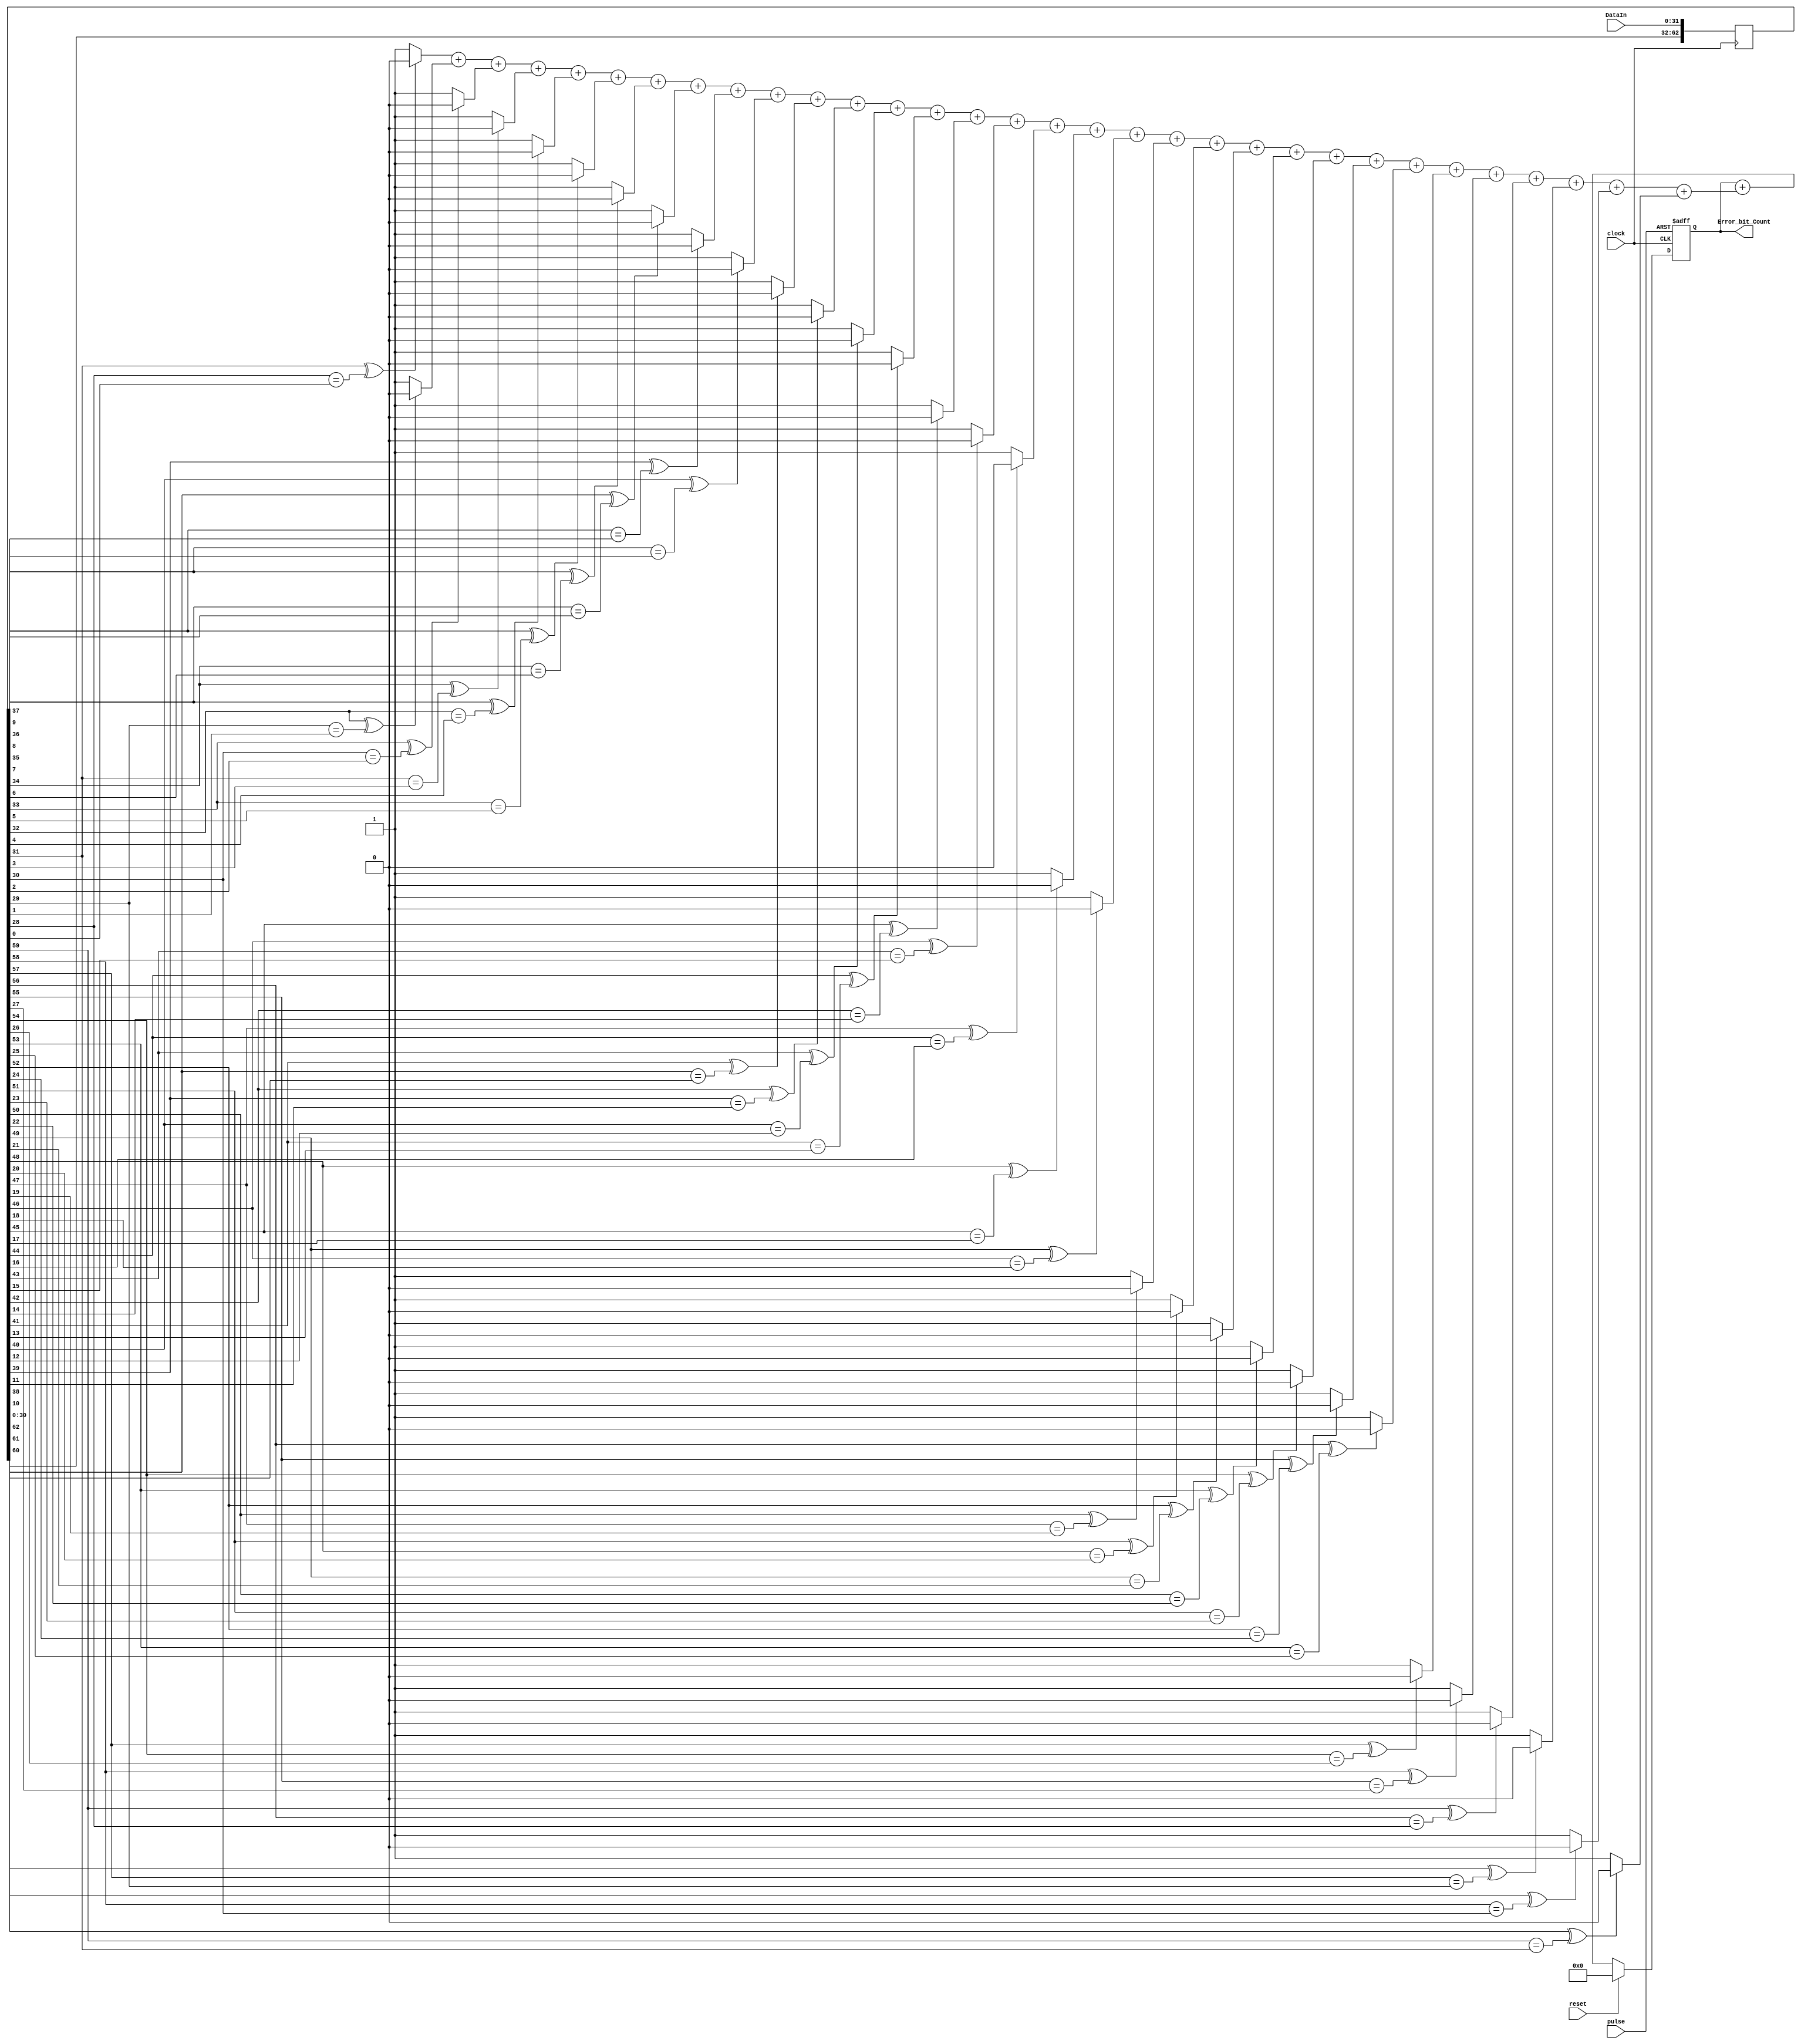
`timescale 1ns / 1ps
//////////////////////////////////////////////////////////////////////////////////
// Company: SMU
// 
// Design Name: PRBS31 Data Checker
// Module Name: PRBS31_Data_Checker
// Project Name: GBCR2_SEU
// Target Devices: KC705 FPGA Evaluation
// Tool Versions: Vivado 2018.2
// Description: Check the received PRBS31 data stream is correct or not
// 
// Dependencies: 
// 
// Revision:
// Revision 0.01 - File Created
// Additional Comments:
// X[0] = X[30] ^ X[27]
// 
//////////////////////////////////////////////////////////////////////////////////


module Tx_PRBS31_Data_Checker(
input clock,        //Data check clock
input reset,
input pulse,
input [31:0] DataIn,
output [63:0] Error_bit_Count
    );
reg [63:0] Data_reg=64'b0;
//---------------------------------------------> Data_In storage
always @(posedge clock)
begin
    Data_reg <= {Data_reg[31:0], DataIn};
end
//---------------------------------------------< Data_In storage
wire [31:0] Bit_Error;
genvar i;
generate
    for(i=0;i<32;i=i+1)
    begin
       assign Bit_Error[31-i] = (Data_reg[62-i]^Data_reg[59-i] == Data_reg[31-i])?0:1;
    end
endgenerate
//---------------------------------------------> Count "1" 
wire [5:0] count;
assign count = Bit_Error[0] + Bit_Error[1] + Bit_Error[2] + Bit_Error[3] + 
               Bit_Error[4] + Bit_Error[5] + Bit_Error[6] + Bit_Error[7] +
               Bit_Error[8] + Bit_Error[9] + Bit_Error[10] + Bit_Error[11] +
               Bit_Error[12] + Bit_Error[13] + Bit_Error[14] + Bit_Error[15] +
               Bit_Error[16] + Bit_Error[17] + Bit_Error[18] + Bit_Error[19] +
               Bit_Error[20] + Bit_Error[21] + Bit_Error[22] + Bit_Error[23] +
               Bit_Error[24] + Bit_Error[25] + Bit_Error[26] + Bit_Error[27] +
               Bit_Error[28] + Bit_Error[29] + Bit_Error[30] + Bit_Error[31];
//---------------------------------------------< Count "1" 

//---------------------------------------------> calculate total "1"
reg [63:0] Error_bit_Count_reg;
assign Error_bit_Count = Error_bit_Count_reg;
always @(posedge clock or posedge pulse)
begin
    if(pulse)                                   // software clear
        Error_bit_Count_reg = 64'b0;
    else if(reset)                              // hardware clear via CPU RST Button
        Error_bit_Count_reg = 64'b0;
    else
        Error_bit_Count_reg <= Error_bit_Count_reg + count;
end
//---------------------------------------------< calculate total "1"
endmodule